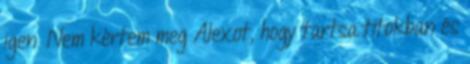
igen. Nem kértem meg Alexot, hogy tartsa titokban és